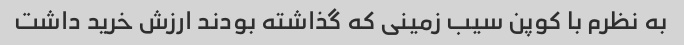
به نظرم با کوپن سیب زمینی که گذاشته بودند ارزش خرید داشت